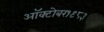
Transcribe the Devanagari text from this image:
ऑक्‍टोबर१९८३